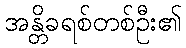
အန္တိခရစ်တစ်ဦး၏